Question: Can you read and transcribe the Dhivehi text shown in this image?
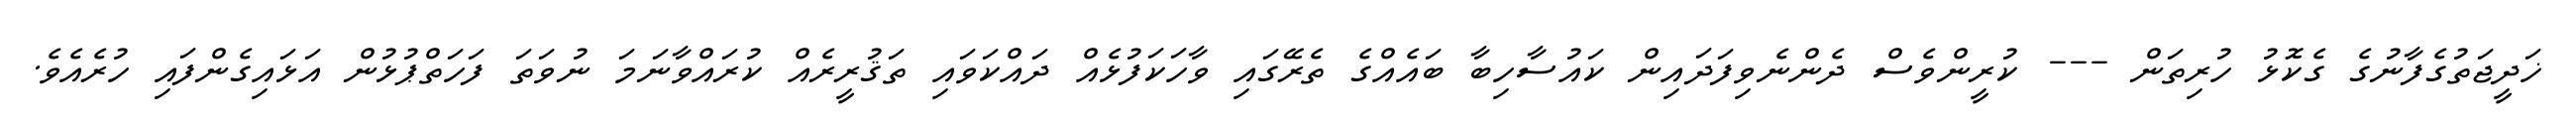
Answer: ޚަދީޖަތުގެފާނުގެ ގެކޮޅު ހުރިތަން --- ކުރީންވެސް ދެންނެވިފަދައިން ކައުސާހިބާ ބައެއްގެ ތެރޭގައި ވާހަކަފުޅެއް ދައްކަވައި ތަޤުރީރެއް ކުރައްވާނަމަ ނުވަތަ ފަހަތްޕުޅުން އަޅައިގެންފައި ހުރެއެވެ.